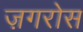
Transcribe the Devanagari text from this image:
ज़गरोस